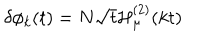
\delta \phi _ { k } ( t ) = N \sqrt { t } { \cal H } _ { \mu } ^ { ( 2 ) } ( k t )